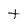
Character: t